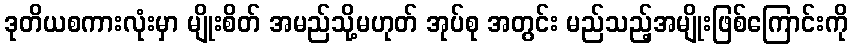
ဒုတိယစကားလုံးမှာ မျိုးစိတ် အမည်သို့မဟုတ် အုပ်စု အတွင်း မည်သည့်အမျိုးဖြစ်ကြောင်းကို